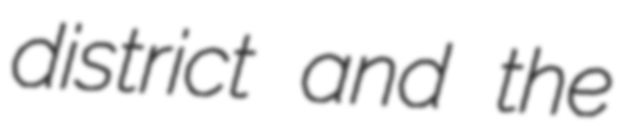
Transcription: district and the